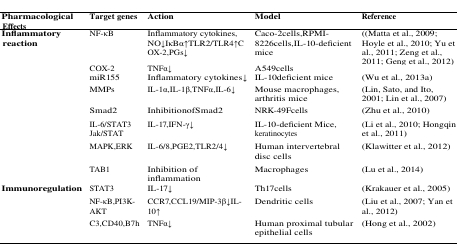
<table><thead><tr><td><b>Pharmacological Effects</b></td><td><b>Target genes</b></td><td><b>Action</b></td><td><b>Model</b></td><td><b>Reference</b></td></tr></thead><tbody><tr><td><b>In</b><b>fl</b><b>ammatory reaction</b></td><td>NF-κB</td><td>Inflammatory cytokines, NO↓IκBα↑TLR2/TLR4↑COX-2,PGs↓</td><td>Caco-2cells,RPMI-8226cells,IL-10-deficient mice</td><td>((Matta et al., 2009; Hoyle et al., 2010; Yu et al., 2011; Zeng et al., 2011; Geng et al., 2012)</td></tr><tr><td></td><td>COX-2miR155</td><td>TNFα↓Inflammatory cytokines↓</td><td>A549cellsIL-10deficient mice</td><td>(Wu et al., 2013a)</td></tr><tr><td></td><td>MMPs</td><td>IL-1α,IL-1β,TNFα,IL-6↓</td><td>Mouse macrophages, arthritis mice</td><td>(Lin, Sato, and Ito, 2001; Lin et al., 2007)</td></tr><tr><td></td><td>Smad2</td><td>InhibitionofSmad2</td><td>NRK-49Fcells</td><td>(Zhu et al., 2010)</td></tr><tr><td></td><td>IL-6/STAT3 Jak/STAT</td><td>IL-17,IFN-γ↓</td><td>IL-10-deficient Mice, keratinocytes</td><td>(Li et al., 2010; Hongqin et al., 2011)</td></tr><tr><td></td><td>MAPK,ERK</td><td>IL-6/8,PGE2,TLR2/4↓</td><td>Human intervertebraldisc cells</td><td>(Klawitter et al., 2012)</td></tr><tr><td></td><td>TAB1</td><td>Inhibition of inflammation</td><td>Macrophages</td><td>(Lu et al., 2014)</td></tr><tr><td><b>Immunoregulation</b></td><td>STAT3</td><td>IL-17↓</td><td>Th17cells</td><td>(Krakauer et al., 2005)</td></tr><tr><td></td><td>NF-κB,PI3K-AKT</td><td>CCR7,CCL19/MIP-3β↓IL-10↑</td><td>Dendritic cells</td><td>(Liu et al., 2007; Yan et al., 2012)</td></tr></tbody></table>